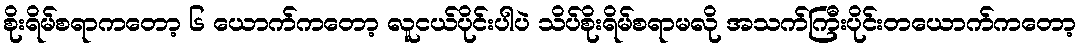
စိုးရိမ်စရာကတော့ ၆ ယောက်ကတော့ လူငယ်ပိုင်းပါပဲ သိပ်စိုးရိမ်စရာမလို အသက်ကြီးပိုင်းတယောက်ကတော့